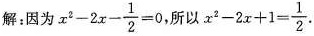
解:因为$$x^{2}-2x- \frac{1}{2}=0$$,所以$$x^{2}-2x+1= \frac{1}{2}$$